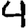
Digit: 4